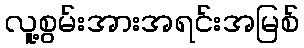
လူ့စွမ်းအားအရင်းအမြစ်